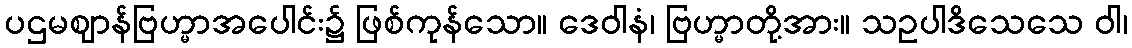
ပဌမဈာန်ဗြဟ္မာအပေါင်း၌ ဖြစ်ကုန်သော။ ဒေဝါနံ၊ ဗြဟ္မာတို့အား။ သဥပါဒိသေသေ ဝါ၊